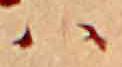
ハ